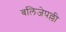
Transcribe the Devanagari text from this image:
बलिजेपल्ली